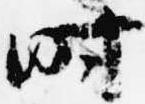
時